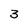
Character: 3